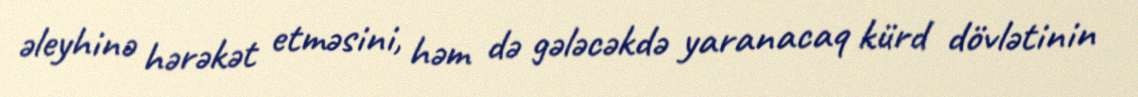
əleyhinə hərəkət etməsini, həm də gələcəkdə yaranacaq kürd dövlətinin